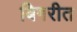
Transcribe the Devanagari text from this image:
बिगरीत